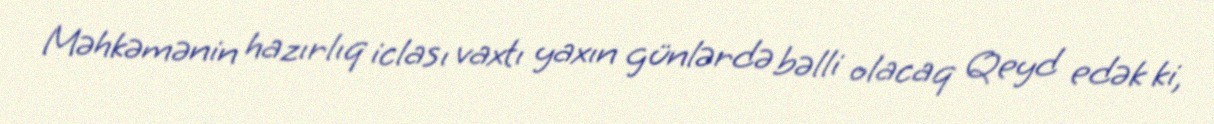
Məhkəmənin hazırlıq iclası vaxtı yaxın günlərdə bəlli olacaq Qeyd edək ki,